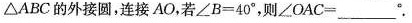
△ABC的外接圆，连接AO，若$$∠ B = 4 0 °$$，则$$∠ O A C = ___°$$.